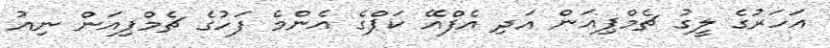
އަހަރުގެ ލީގު ޗެމްޕިއަން އަދި އެފްއޭ ކަޕްގެ އެންމެ ފަހުގެ ޗެމްޕިއަން ނިއު